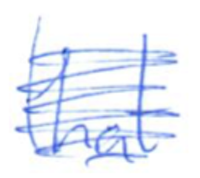
Text: that
Cross-out: scratch
Writing tool: ballpoint